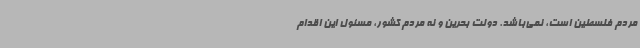
مردم فلسطین است، نمی‌باشد. دولت بحرین و نه مردم کشور، مسئول این اقدام